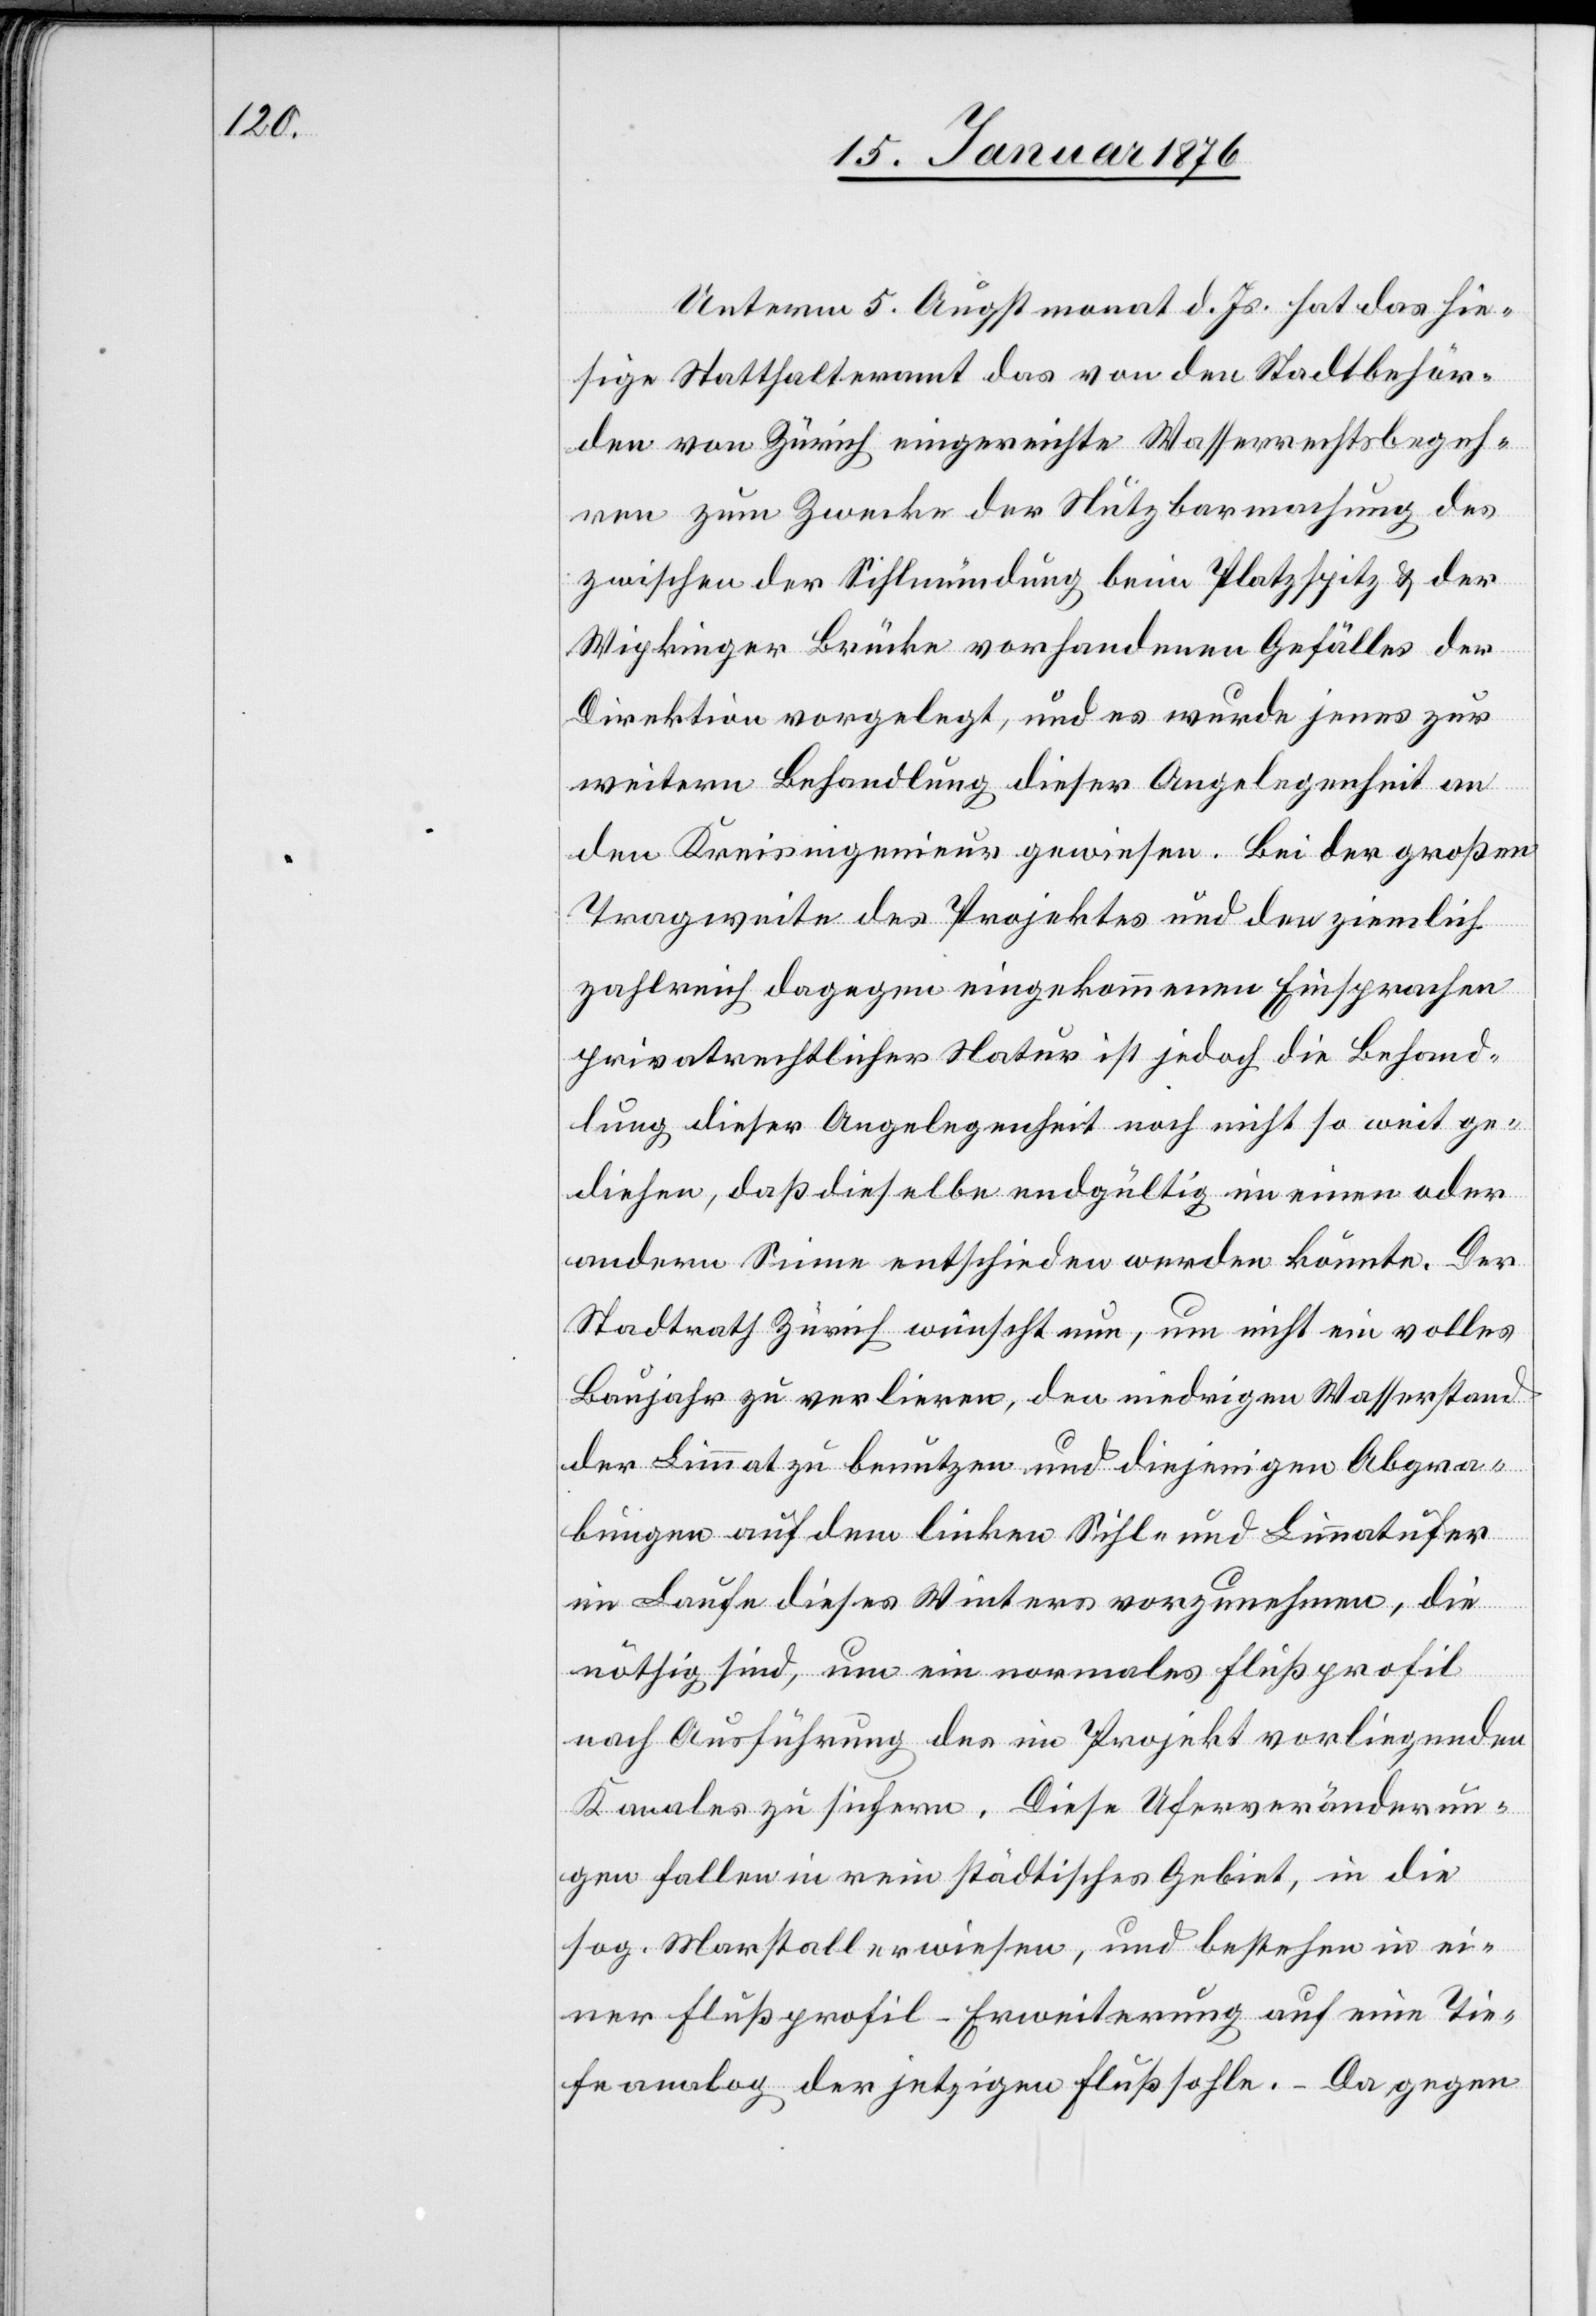
Unterm 5. Augstmonat d. Js. hat das hie¬
sige Statthalteramt das von den Stadtbehör¬
den von Zürich eingereichte Wasserrechtsbegeh¬
ren zum Zwecke der Nutzbarmachung des
zwischen der Sihlmündung beim Platzspitz u. der
Wipkinger Brücke vorhandenen Gefälles der
Direktion vorgelegt, und es wurde jenes zur
weitern Behandlung dieser Angelegenheit an
den Kreisingenieur gewiesen. Bei der großen
Tragweite des Projektes und den ziemlich
zahlreich dagegen eingekommenen Einsprachen
privatrechtlicher Natur ist jedoch die Behand¬
lung dieser Angelegenheit noch nicht so weit ge¬
diehen, daß dieselbe endgültig im einen oder
andern Sinne entschieden werden könnte. Der
Stadtrath Zürich wünscht nun, um nicht ein volles
Baujahr zu verlieren, den niedrigen Wasserstand
der Limmat zu benutzen und diejenigen Abgra¬
bungen auf dem linken Sihl- und Limmatufer
im Laufe dieses Winters vorzunehmen, die
nöthig sind, um ein normales Flußprofil
nach Ausführung des im Projekt vorliegenden
Kanales zu sichern. Diese Uferveränderun¬
gen fallen in rein städtisches Gebiet, in die
sog. Marstallerwiesen, und bestehen in ei¬
ner Flußprofil-Erweiterung auf eine Tie¬
fen analog der jetzigen Flußsohle. Da gegen